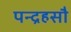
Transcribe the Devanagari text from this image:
पन्द्रहसौ